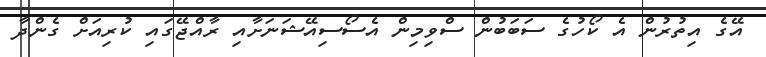
އޭގެ އިތުރުން އެ ކޯހުގެ ސަބަބުން ސްވިމިން އެސޯސިއޭޝަނަށާއި ރާއްޖޭގައި ކުރިއަށް ގެންދާ